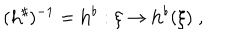
( { \bf h } ^ { \sharp } ) ^ { - 1 } = { \bf h } ^ { \flat } : \xi \rightarrow { \bf h } ^ { \flat } ( \xi ) \; ,